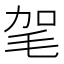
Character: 毠